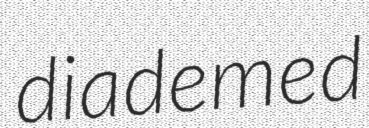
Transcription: diademed